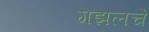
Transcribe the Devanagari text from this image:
गझलचे